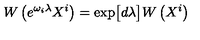
W \left( e ^ { \omega _ { i } \lambda } X ^ { i } \right) = \exp \bigl [ d \lambda \bigr ] W \left( X ^ { i } \right)